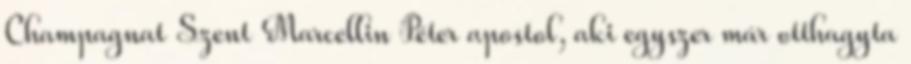
Champagnat Szent Marcellin Péter apostol, aki egyszer már otthagyta